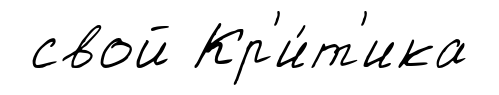
свой Кр'и́т'ика